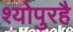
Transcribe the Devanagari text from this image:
श्योपुरहै